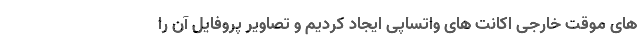
های موقت خارجی اکانت های واتساپی ایجاد کردیم و تصاویر پروفایل آن را